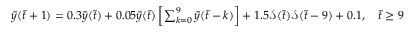
\begin{array} { r } { \bar { y } ( \Tilde { t } + 1 ) = 0 . 3 \bar { y } ( \Tilde { t } ) + 0 . 0 5 \bar { y } ( \Tilde { t } ) \left[ \sum _ { k = 0 } ^ { 9 } \bar { y } ( \Tilde { t } - k ) \right] + 1 . 5 \mathcal { S } ( \Tilde { t } ) \mathcal { S } ( \Tilde { t } - 9 ) + 0 . 1 , \quad \Tilde { t } \geq 9 } \end{array}